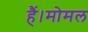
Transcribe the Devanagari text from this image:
हैं।मोमल